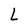
Character: L